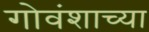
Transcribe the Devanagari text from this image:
गोवंशाच्या